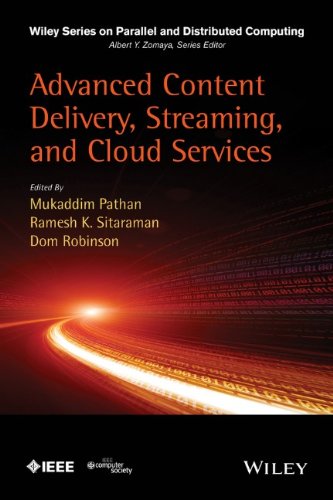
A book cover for Advanced Content Delivery, Streaming, and Cloud Services (Wiley Series on Parallel and Distributed Computing); Computers & Technology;